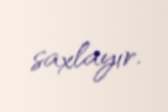
saxlayır.